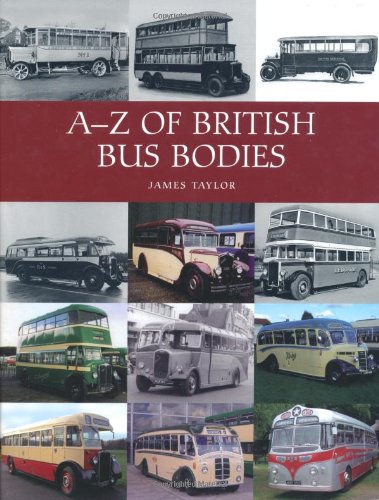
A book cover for A-Z of British Bus Bodies; James Taylor; Engineering & Transportation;